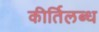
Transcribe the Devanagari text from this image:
कीर्तिलब्ध